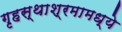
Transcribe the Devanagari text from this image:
गृहस्थाश्रमामध्ये